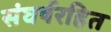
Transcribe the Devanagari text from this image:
संघर्षरहित